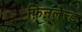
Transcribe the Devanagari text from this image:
फ़िनलैन्ड